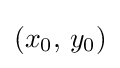
\left(x_{0},\,y_{0}\right)